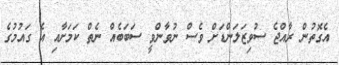
އެގޮތުން ރާއްޖެ ސުވިޒަލަންޑަށް ވެސް ނުވާންވީ ސަބަބެއް ނެތް ކަމަށާއި އެ ގައުމުގެ